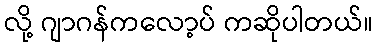
လို့ ဂျာဂန်ကလော့ပ် ကဆိုပါတယ်။